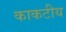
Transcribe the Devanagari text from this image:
काकटीय